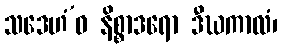
သဒေဟံ’ဝ နိစ္စာဒရော ဒီဃကာလံ၊